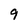
Character: 9